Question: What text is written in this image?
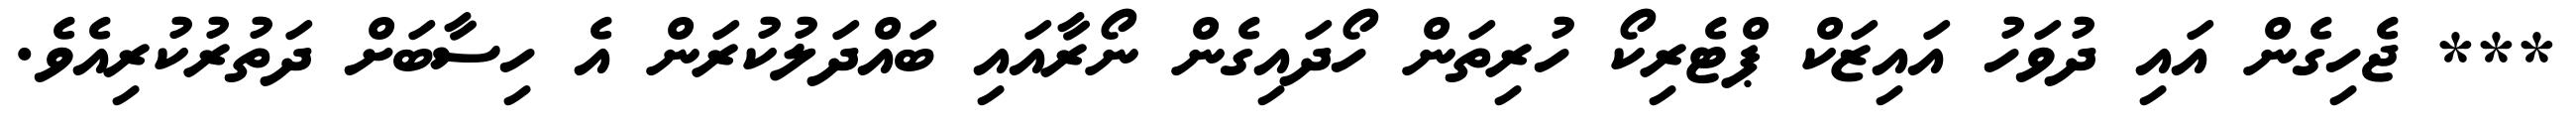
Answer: *** ޖެހިގެން އައި ދުވަހު އައިޒަކް ޕްޓެރިކޯ ހުރިތަން ހޯދައިގެން ނޯރާއައި ބައްދަލުކުރަން އެ ހިސާބަށް ދަތުރުކުރިއެވެ.